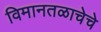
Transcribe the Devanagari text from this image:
विमानतळाचेचे